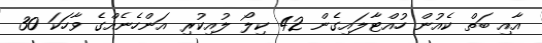
އާއި ބަތް ކެއުން ހުއްޓާލައިގެން 42 ކިލޯ ލުއިކުރި އަންހެނެއްގެ ވާހަކަ 30